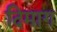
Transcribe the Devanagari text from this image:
दिमाग